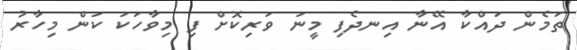
ތަމެން ދައްކާ އޭނާ އިނދެފި މީނަ ވަރިކޮށް ފި މިވާހަކަ ކަން މިހާރު